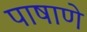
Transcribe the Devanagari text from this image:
पाषाणे